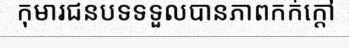
កុមារជនបទទទួលបានភាពកក់ក្តៅ